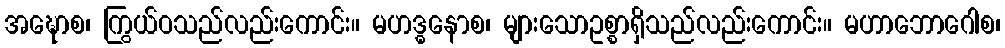
အဍ္ဎောစ၊ ကြွယ်ဝသည်လည်းကောင်း။ မဟဒ္ဓနောစ၊ များသောဥစ္စာရှိသည်လည်းကောင်း။ မဟာဘောဂေါစ၊